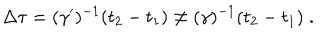
\Delta \tau = ( \gamma ^ { \prime } ) ^ { - 1 } ( t _ { 2 } - t _ { 1 } ) \neq ( \gamma ) ^ { - 1 } ( t _ { 2 } - t _ { 1 } ) \; .